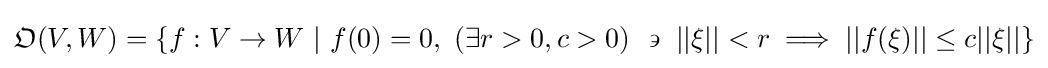
{\mathfrak {O}}(V,W)=\{f:V\to W\ |\ f(0)=0,\ (\exists r>0,c>0)\ \backepsilon \ ||\xi ||<r\implies ||f(\xi )||\leq c||\xi ||\}